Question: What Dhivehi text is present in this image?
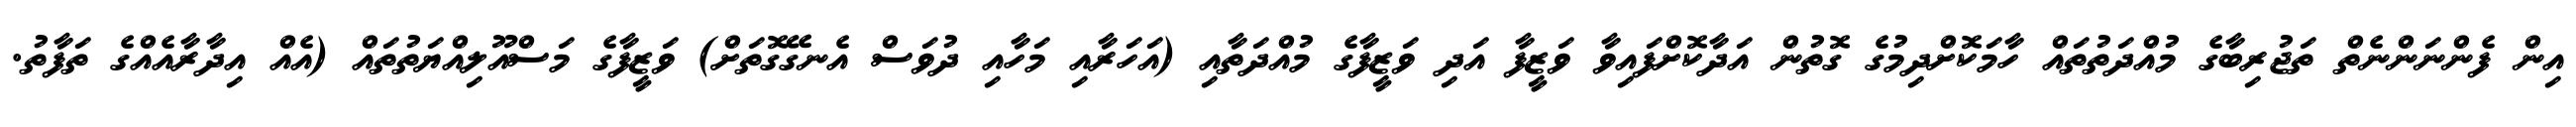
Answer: އިން ފެންނަންނެތް ތަޖުރިބާގެ މުއްދަތުތައް ހާމަކޮށްދިމުގެ ގޮތުން އަދާކޮށްފައިވާ ވަޒީފާ އަދި ވަޒީފާގެ މުއްދަތާއި (އަހަރާއި މަހާއި ދުވަސް އެނގޭގޮތަށް) ވަޒީފާގެ މަސްއޫލިއްޔަތުތައް (އެއް އިދާރާއެއްގެ ތަފާތު.